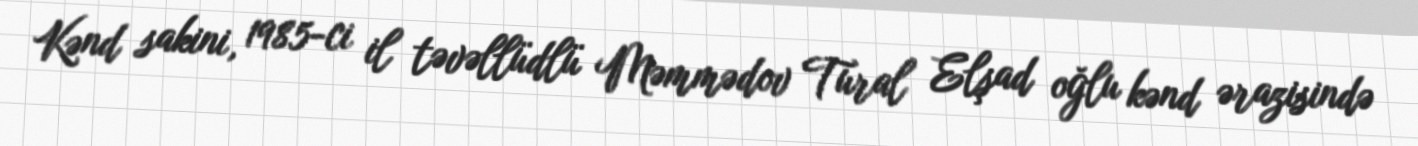
Kənd sakini, 1985-ci il təvəllüdlü Məmmədov Tural Elşad oğlu kənd ərazisində